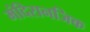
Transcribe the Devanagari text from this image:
मंदिरानजिक